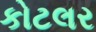
કોટલર